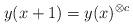
LaTeX: \begin{align*}y(x+1)=y(x)^{\otimes c}\end{align*}